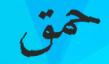
حمق